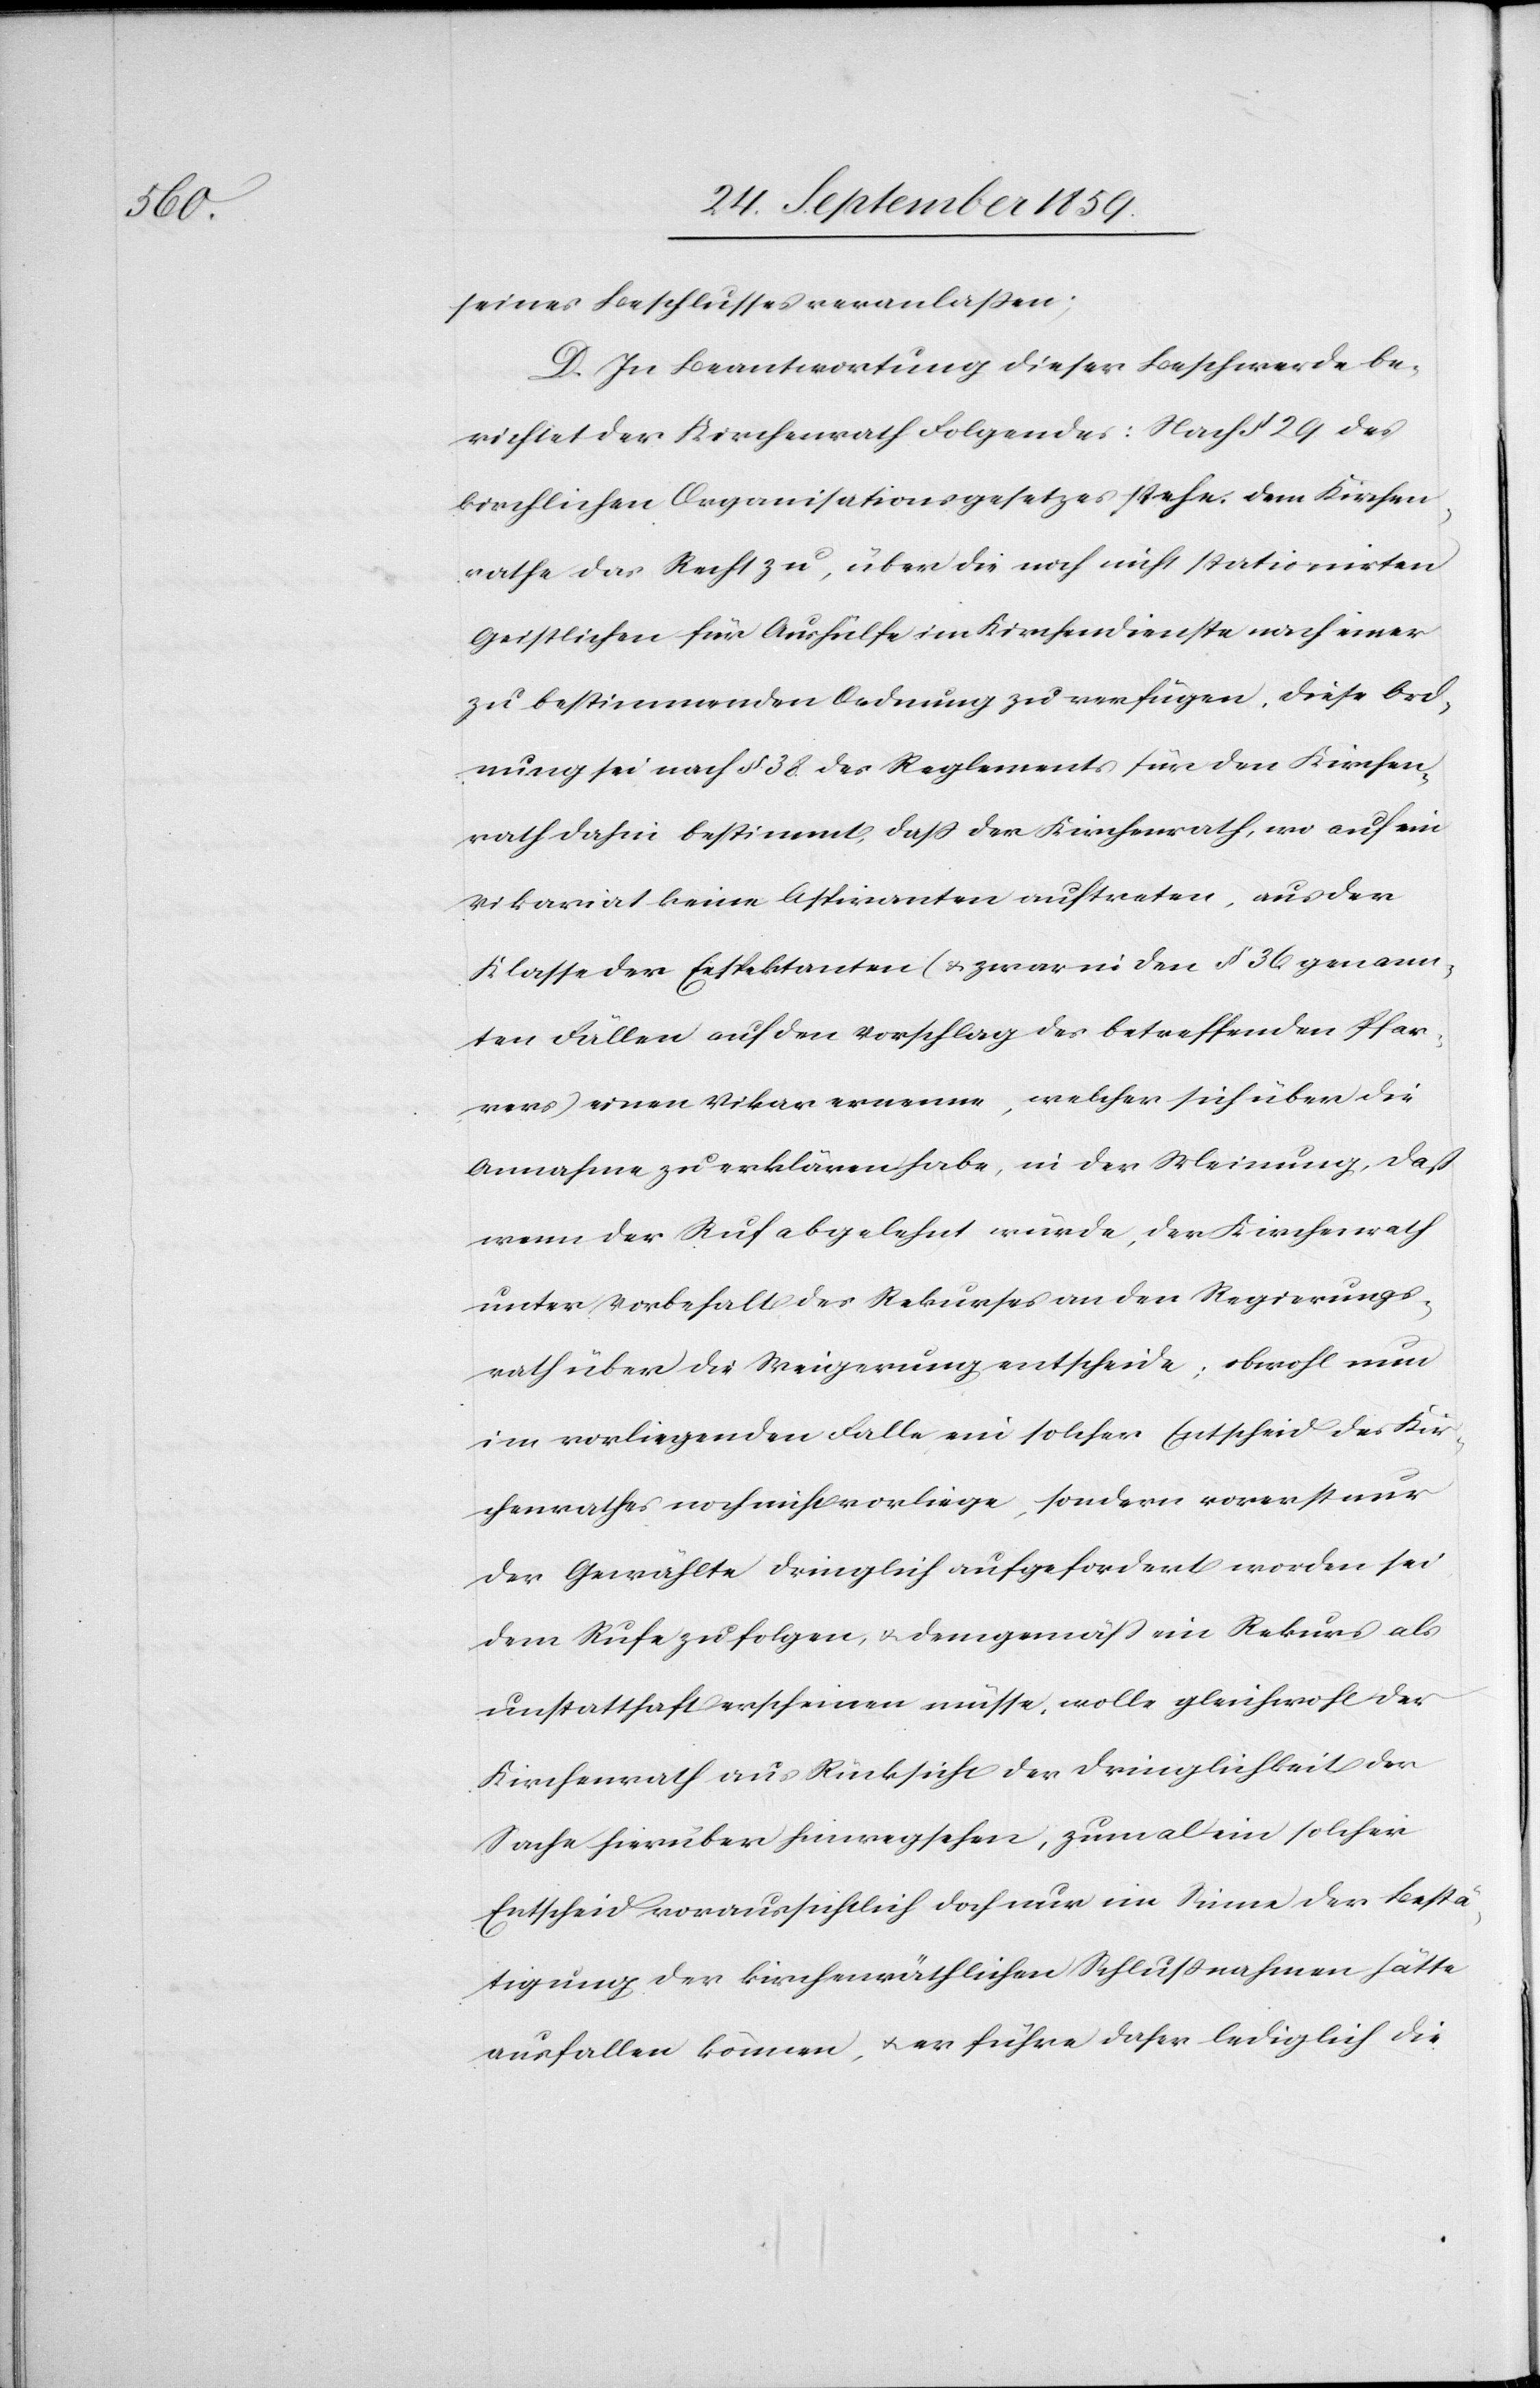
seines Beschlusses veranlaßen;
D. In Beantwortung dieser Beschwerde be¬
richtet der Kirchenrath Folgendes: Nach § 29 des
kirchlichen Organisationsgesetzes stehe dem Kirchen¬
rathe das Recht zu, über die noch nicht stationirten
Geistlichen für Aushülfe im Kirchendienste nach einer
zu bestimmenden Ordnung zu verfügen. Diese Ord¬
nung sei nach § 38. des Reglements für den Kirchen¬
rath dahin bestimmt, daß der Kirchenrath, wo auf ein
Vikariat keine Aspiranten auftreten, aus der
Klasse der Effektanten (& zwar in den § 36 genann¬
ten Fällen auf den Vorschlag des betreffenden Pfar¬
rers) einen Vikar ernenne, welcher sich über die
Annahme zu erklären habe, in der Meinung, daß
wenn der Ruf abgelehnt würde, der Kirchenrath
unter Vorbehalt des Rekurses an den Regierungs¬
rath über die Weigerung entscheide, obwohl nun
im vorliegenden Falle ein solcher Entscheid des Kir¬
chenrathes noch nicht vorliege, sondern vorerst nur
der Gewählte dringlich aufgefordert worden sei
dem Rufe zu folgen, & demgemäß ein Rekurs als
unstatthaft erscheinen müsse, wolle gleichwohl der
Kirchenrath aus Rücksicht der Dringlichkeit der
Sache hierüber hinwegsehen, zumal ein solcher
Entscheid voraussichtlich doch nur im Sinne der Bestä¬
tigung der kirchenräthlichen Schlußnahme hätte
ausfallen können, & er führe daher lediglich die